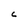
Character: C